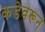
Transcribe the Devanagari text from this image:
कडेवरून